Vaccination in Bombay 1863-1868 - 1863-1868
Year: 1863
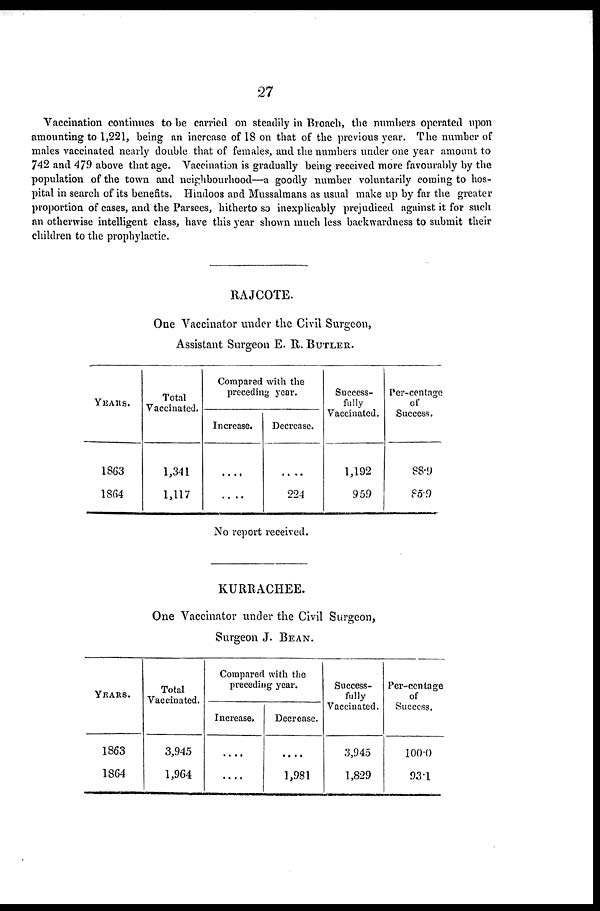
27
Vaccination continues to be carried on steadily in Broach, the numbers operated upon
amounting to 1,221, being an increase of 18 on that of the previous year. The number of
males vaccinated nearly double that of females, and the numbers under one year amount to
742 and 479 above that age. Vaccination is gradually being received more favourably by the
population of the town and neighbourhood—a goodly number voluntarily coming to hos-
pital in search of its benefits. Hindoos and Mussalmans as usual make up by far the greater
proportion of cases, and the Parsees, hitherto so inexplicably prejudiced against it for such
an otherwise intelligent class, have this year shown much less backwardness to submit their
children to the prophylactic.
RAJCOTE.
One Vaccinator under the Civil Surgeon,
Assistant Surgeon E. R. BUTLER.
YEARS.
1863
1864
Total
Vaccinated.
1,341
1,117
Compared with the
preceding year.
Increase.
....
....
Decrease.
....
224
Success-
fully
Vaccinated.
1,192
959
Per-centage
of
Success.
88.9
85.9
No report received.
KURRACHEE.
One Vaccinator under the Civil Surgeon,
Surgeon J. BEAN.
YEARS.
1863
1864
Total
Vaccinated.
3,945
1,964
Compared with the
preceding year.
Increase.
....
....
Decrease.
....
1,981
Success-
fully
Vaccinated.
3,945
1,829
Per-centage
of
Success.
100.0
93.1